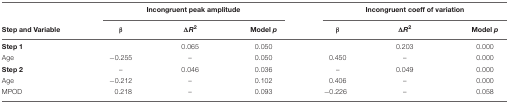
<table><thead><tr><td></td><td colspan="3"><b>Incongruent peak amplitude</b></td><td colspan="3"><b>Incongruent coeff of variation</b></td></tr><tr><td><b>Step and Variable</b></td><td><b>β</b></td><td><b>Δ<i>R</i><sup>2</sup></b></td><td><b>Model <i>p</i></b></td><td><b>β</b></td><td><b>Δ<i>R</i><sup>2</sup></b></td><td><b>Model <i>p</i></b></td></tr></thead><tbody><tr><td><b>Step 1</b></td><td></td><td>0.065</td><td>0.050</td><td></td><td>0.203</td><td>0.000</td></tr><tr><td>Age</td><td>-0.255</td><td>–</td><td>0.050</td><td>0.450</td><td>–</td><td>0.000</td></tr><tr><td><b>Step 2</b></td><td>–</td><td>0.046</td><td>0.036</td><td>–</td><td>0.049</td><td>0.000</td></tr><tr><td>Age</td><td>-0.212</td><td>–</td><td>0.102</td><td>0.406</td><td>–</td><td>0.000</td></tr><tr><td>MPOD</td><td>0.218</td><td>–</td><td>0.093</td><td>-0.226</td><td>–</td><td>0.058</td></tr></tbody></table>